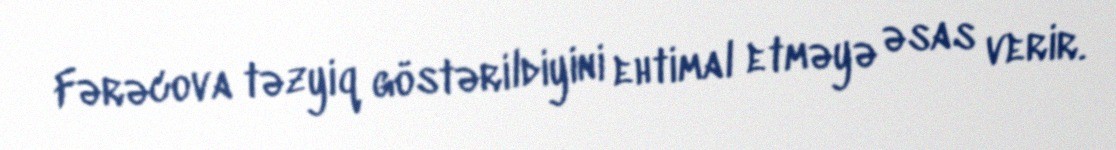
Fərəcova təzyiq göstərildiyini ehtimal etməyə əsas verir.